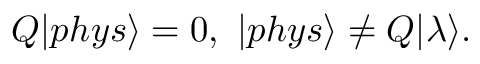
Q | p h y s \rangle = 0 , ~ | p h y s \rangle \ne Q | \lambda \rangle .